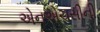
એનએચસીની